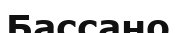
Бассано